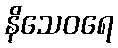
နိသေဝရေ